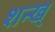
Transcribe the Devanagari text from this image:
शन्ख्